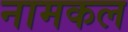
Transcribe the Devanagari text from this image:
नामकल